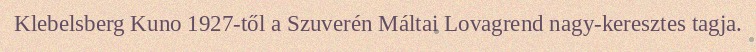
Klebelsberg Kuno 1927-től a Szuverén Máltai Lovagrend nagy-keresztes tagja.